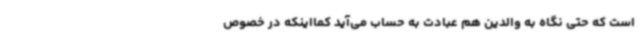
است که حتی نگاه به والدین هم عبادت به حساب می‌آید کمااینکه در خصوص